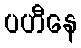
ပဟီနေ